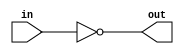
// Trial verilog code for implementing inverter
module Inverter (in,out);

input in;
output out;

assign out = ~ in;
endmodule